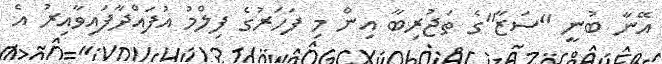
އޭނާ ބުނީ "ސަޒާ"ގެ ތަޖުރިބާ އިން މި ފަހަރުގެ ފިލްމު އުފައްދާފައިވާއިރު އެ